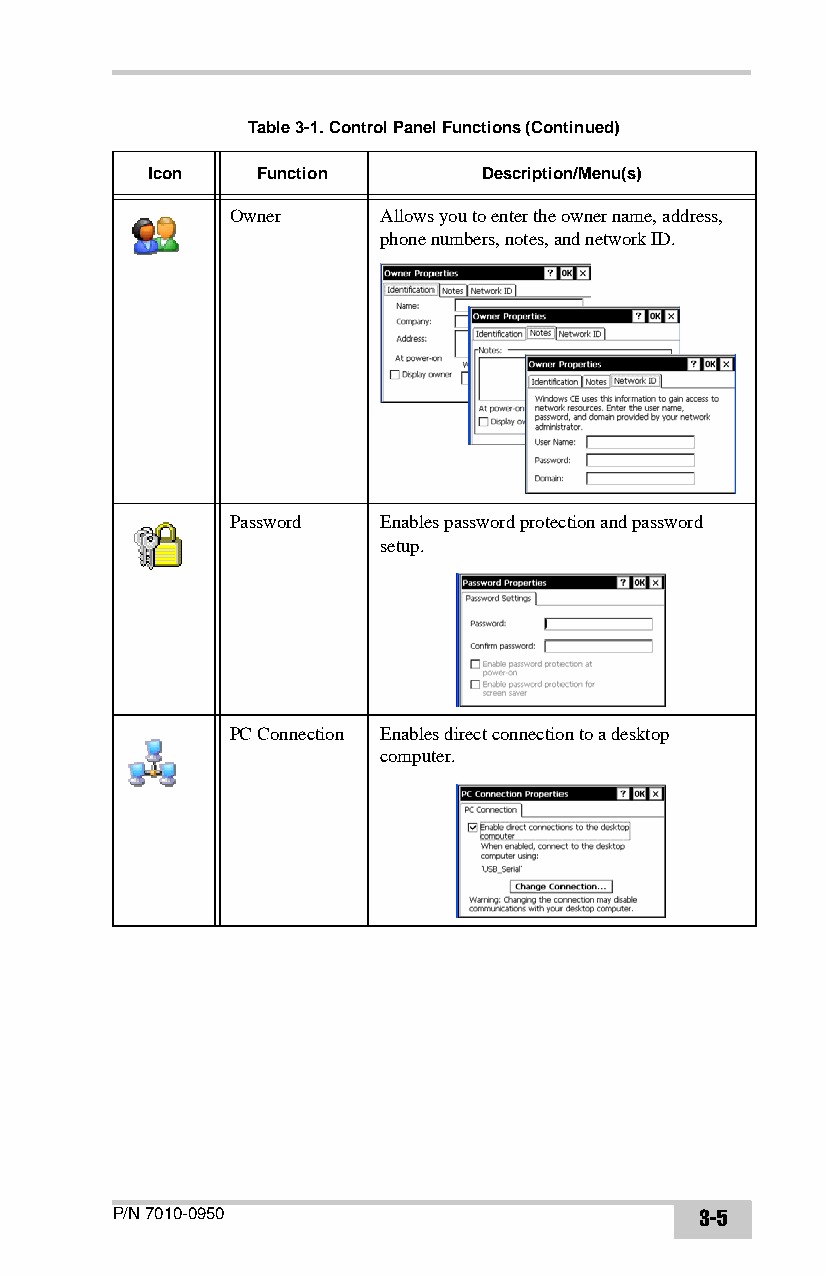
Table 3-1. Control Panel Functions (Continued)
 Icon   Function       Description/Menu(s)
 Owner     Allows you to enter the owner name, address,
 phone numbers, notes, and network ID.
 Password  Enables password protection and password
 setup.
 PC Connection Enables direct connection to a desktop
 computer.
 P/N 7010-0950                          3-5